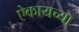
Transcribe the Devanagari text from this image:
ऐकायच्या